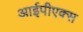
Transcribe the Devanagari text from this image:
आईपीएक्स